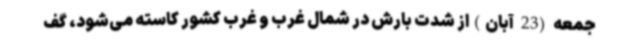
جمعه (23 آبان)از شدت بارش در شمال غرب و غرب کشور کاسته می‌شود، گف